Report of the Indian Hemp Drugs Commission, 1894-1895 - Volume VI
Year: 1894
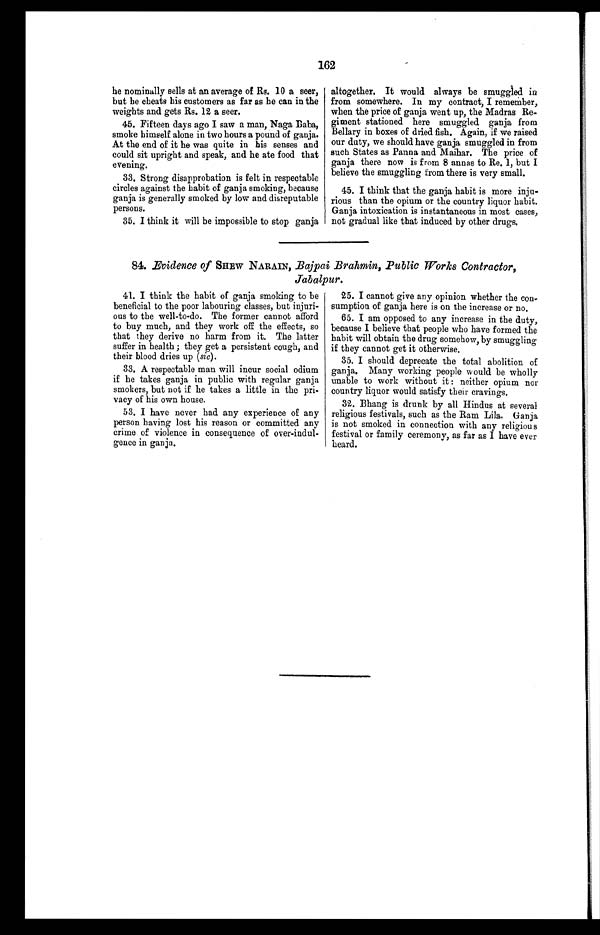
162
he nominally sells at an average of Rs. 10 a seer,
but he cheats his customers as far as he can in the
weights and gets Rs. 12 a seer.
45. Fifteen days ago I saw a man, Naga Baba,
smoke himself alone in two hours a pound of ganja.
At the end of it he was quite in his senses and
could sit upright and speak, and he ate food that
evening.
33. Strong disapprobation is felt in respectable
circles against the habit of ganja smoking, because
ganja is generally smoked by low and disreputable
persons.
35. I think it will be impossible to stop ganja
altogether. It would always be smuggled in
from somewhere. In my contract, I remember,
when the price of ganja went up, the Madras Re-
giment stationed here smuggled ganja from
Bellary in boxes of dried fish. Again, if we raised
our duty, we should have ganja smuggled in from
such States as Panna and Maihar. The price of
ganja there now is from 8 annas to Re. 1, but I
believe the smuggling from there is very small.
45. I think that the ganja habit is more inju-
rious than the opium or the country liquor habit.
Ganja intoxication is instantaneous in most cases,
not gradual like that induced by other drugs.
84. .Evidence of SHEW NARAIN, Bajpai Brahmin, Public Works Contractor,
Jabalpur.
41. I think the habit of ganja smoking to be
beneficial to the poor labouring classes, but injuri-
ous to the well-to-do. The former cannot afford
to buy much, and they work off the effects, so
that they derive no harm from it. The latter
suffer in health ; they get a persistent cough, and
their blood dries up (sic).
33. A respectable man will incur social odium
if he takes ganja in public with regular ganja
smokers, but not if he takes a little in the pri-
vacy of his own house.
53. I have never had any experience of any
person having lost his reason or committed any
crime of violence in consequence of over-indul-
gence in ganja.
25. I cannot give any opinion whether the con-
sumption of ganja here is on the increase or no.
65. I am opposed to any increase in the duty,
because I believe that people who have formed the
habit will obtain the drug somehow, by smuggling
if they cannot get it otherwise.
35. I should deprecate the total abolition of
ganja. Many working people would be wholly
unable to work without it : neither opium nor
country liquor would satisfy their cravings.
32. Bhang is drunk by all Hindus at several
religious festivals, such as the Ram Lila. Ganja
is not smoked in connection with any religious
festival or family ceremony, as far as I have ever
heard.